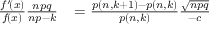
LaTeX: \begin{array} { r l } { { \frac { f ^ { \prime } \! ( x ) } { f \! ( x ) } } { \frac { n p q } { n p \! \, - \! \, k } } \! } & { { } = { \frac { p \left( n , k + 1 \right) - p \left( n , k \right) } { p \left( n , k \right) } } { \frac { \sqrt { n p q } } { - c } } } \end{array}